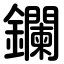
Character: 鑭